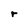
Character: r